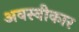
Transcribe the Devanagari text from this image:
अवस्वीकार